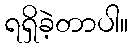
ရရှိခဲ့တာပါ။